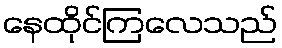
နေထိုင်ကြလေသည်